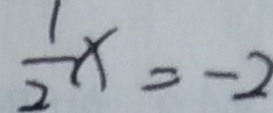
\frac { 1 } { 2 } x = - 2